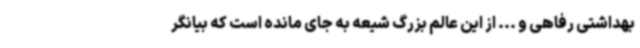
بهداشتی رفاهی و ... از این عالم بزرگ شیعه به جای مانده است که بیانگر